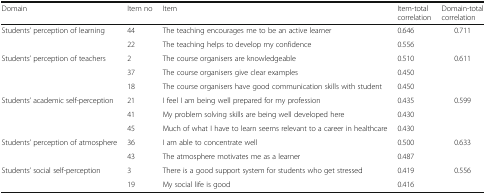
| Domain | Item no | Item | Item-total correlation | Domain-total correlation |
 | --- | --- | --- | --- | --- |
 | <ROWSPAN=2> Students’ perception of learning | 44 | The teaching encourages me to be an active learner | 0.646 | <ROWSPAN=2> 0.711 |
 | 22 | The teaching helps to develop my confidence | 0.556 |
 | <ROWSPAN=3> Students’ perception of teachers | 2 | The course organisers are knowledgeable | 0.510 | <ROWSPAN=3> 0.611 |
 | 37 | The course organisers give clear examples | 0.450 |
 | 18 | The course organisers have good communication skills with student | 0.450 |
 | <ROWSPAN=3> Students’ academic self-perception | 21 | I feel I am being well prepared for my profession | 0.435 | <ROWSPAN=3> 0.599 |
 | 41 | My problem solving skills are being well developed here | 0.430 |
 | 45 | Much of what I have to learn seems relevant to a career in healthcare | 0.430 |
 | <ROWSPAN=2> Students’ perception of atmosphere | 36 | I am able to concentrate well | 0.500 | <ROWSPAN=2> 0.633 |
 | 43 | The atmosphere motivates me as a learner | 0.487 |
 | <ROWSPAN=2> Students’ social self-perception | 3 | There is a good support system for students who get stressed | 0.419 | <ROWSPAN=2> 0.556 |
 | 19 | My social life is good | 0.416 |